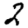
Digit: 2